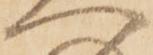
へ